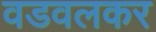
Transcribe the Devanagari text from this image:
वडवलकर